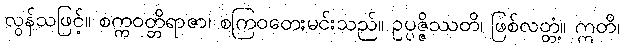
လွန်သဖြင့်။ စက္ကဝတ္တိရာဇာ၊ စကြဝတေးမင်းသည်။ ဥပ္ပဇ္ဇိဿတိ၊ ဖြစ်လတ္တံ့။ ဣတိ၊